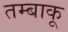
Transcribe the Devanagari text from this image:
तम्‍बाकू